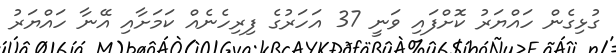
ގުޅިގެން ހައްޔަރު ކޮށްފައި ވަނީ 37 އަހަރުގެ ފިރިހެނެއް ކަމަށާއި އޭނާ ހައްޔަރު